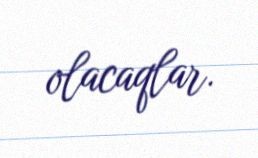
olacaqlar.